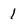
Character: 1